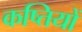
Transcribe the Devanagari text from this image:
कष्तियों